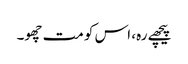
پیچھے رہ، اس کو مت چھو۔